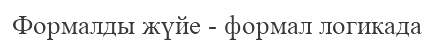
Формалды жүйе - формал логикада